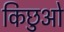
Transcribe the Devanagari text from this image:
किछुओ